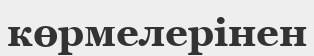
көрмелерінен